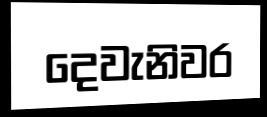
දෙවැනිවර